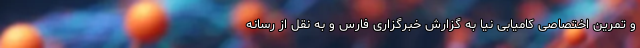
و تمرین اختصاصی کامیابی نیا به گزارش خبرگزاری فارس و به نقل از رسانه